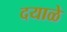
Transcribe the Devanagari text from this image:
दयाळे